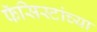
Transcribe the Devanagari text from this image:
फॅसिस्टांच्या